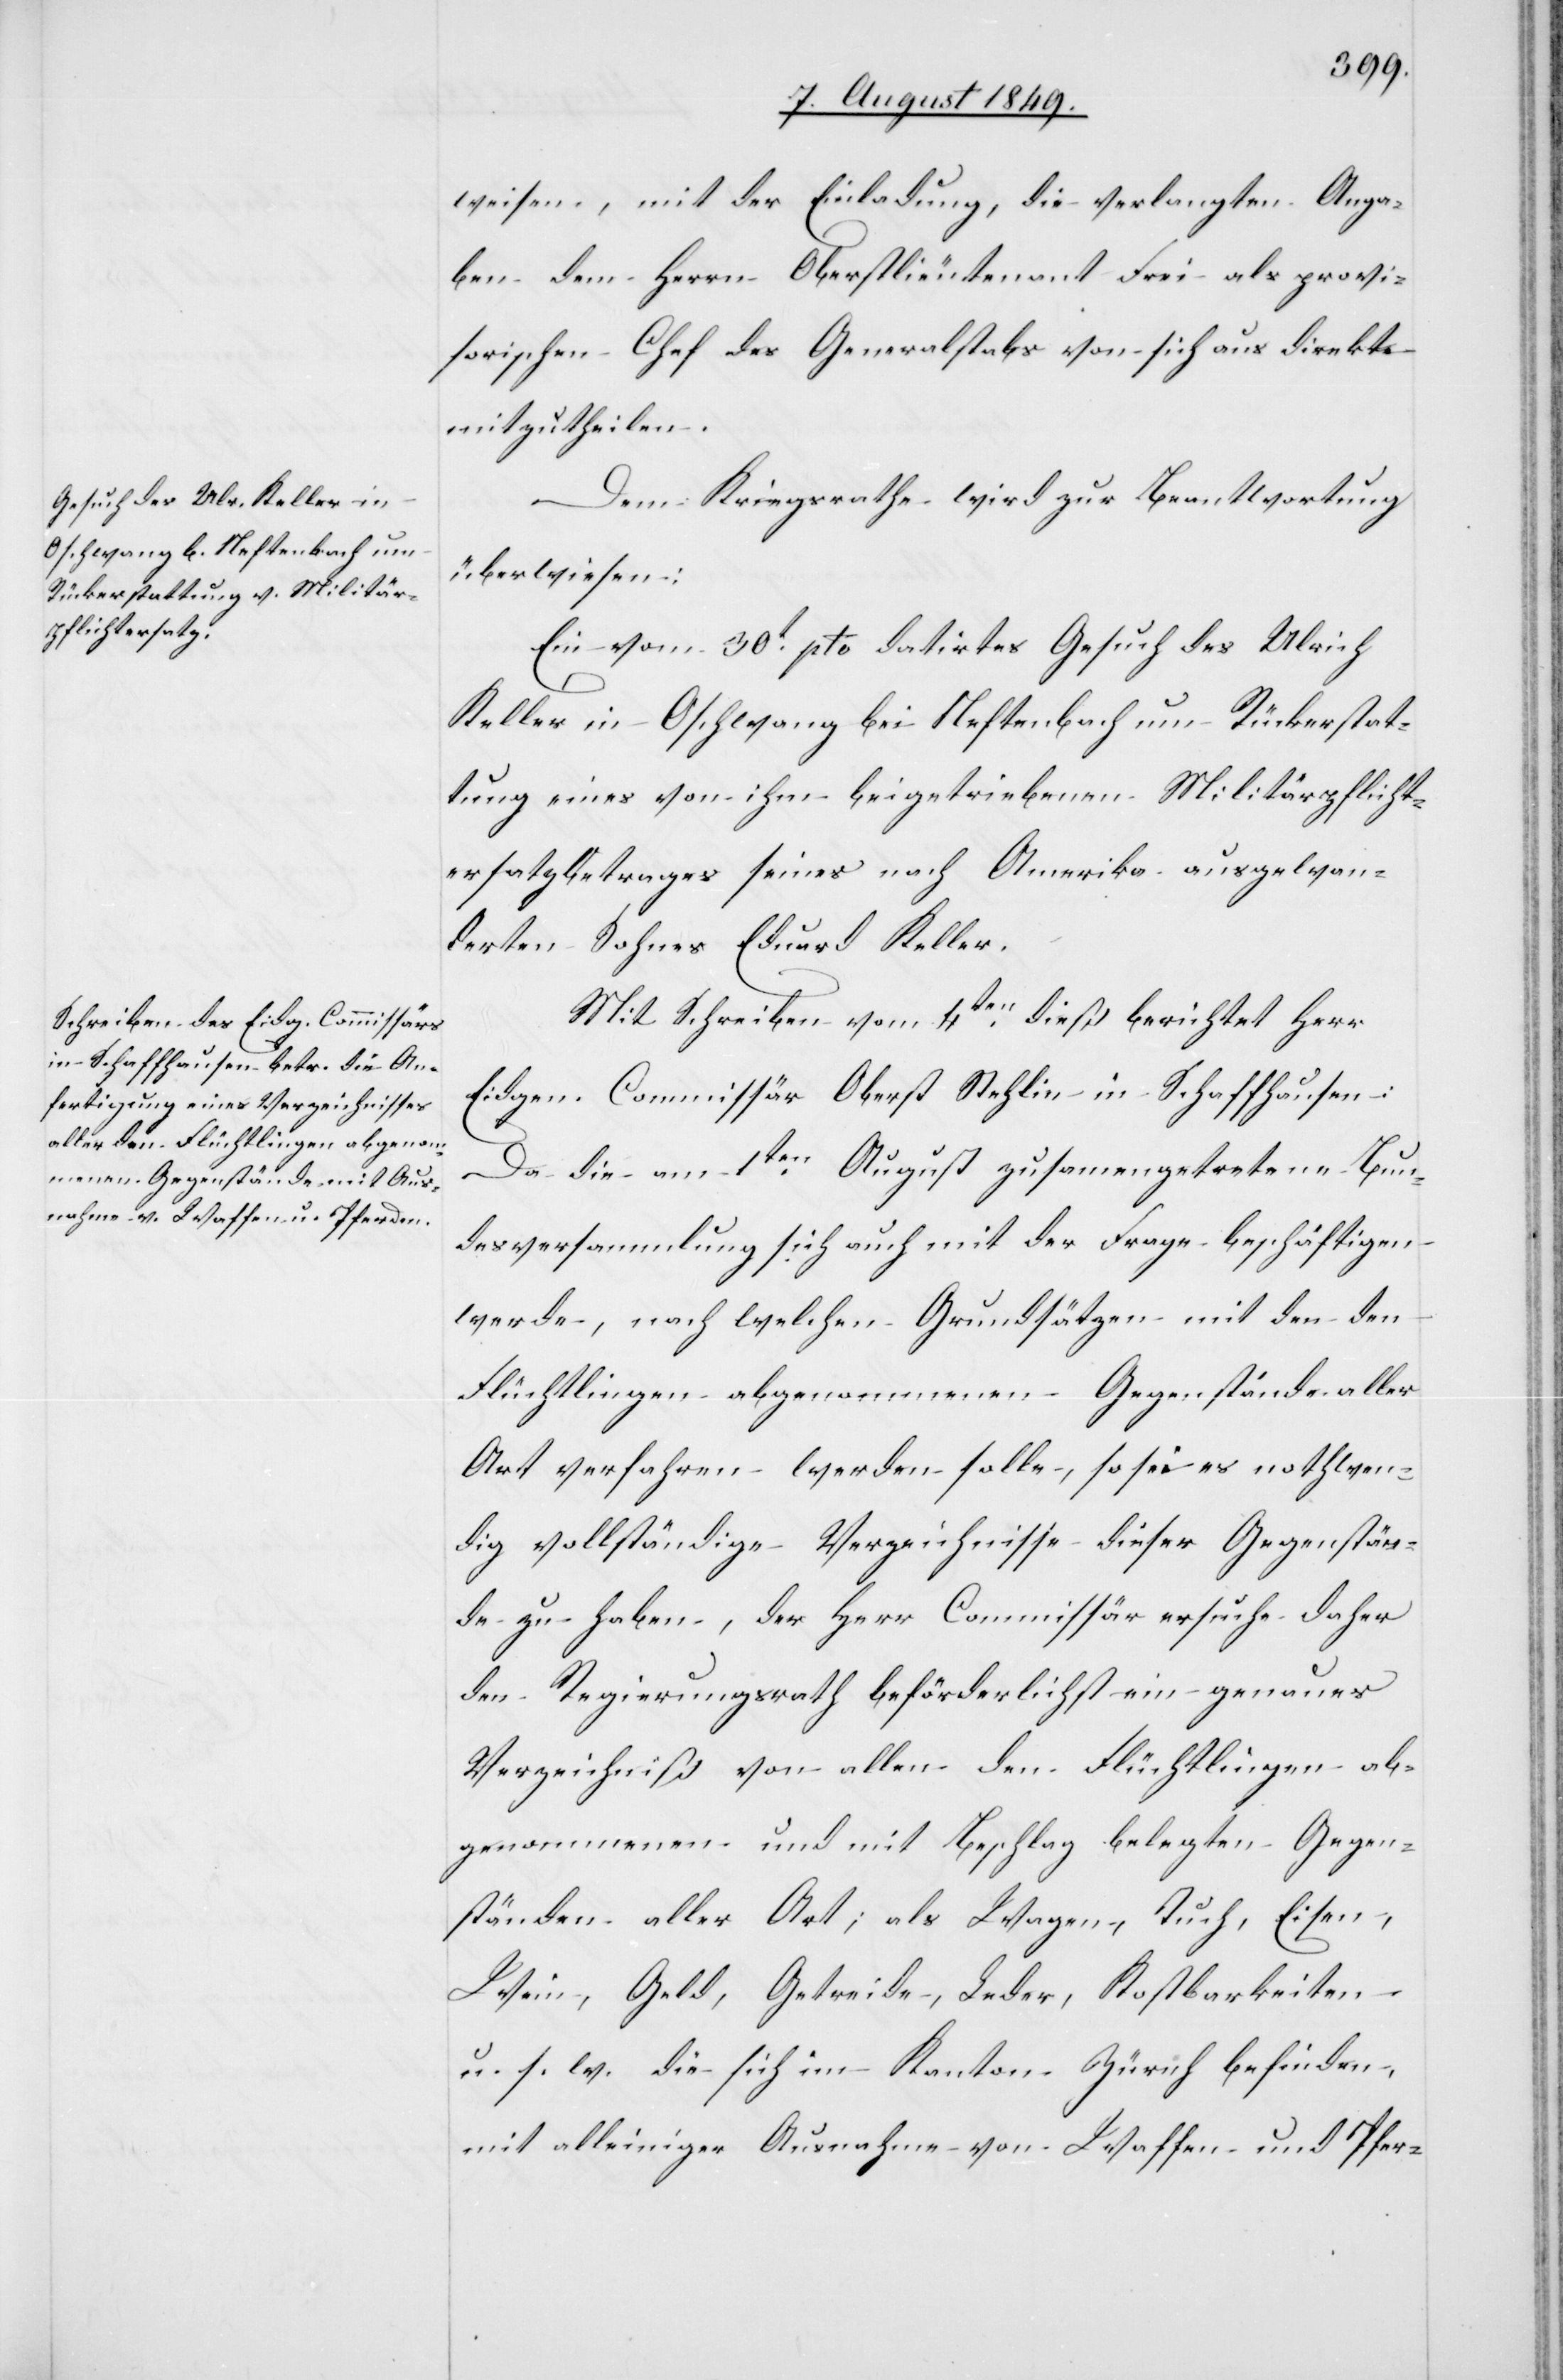
weisen, mit der Einladung, die verlangten Anga¬
ben dem Herrn Oberlieutenant Frei als provi¬
sorischen Chef des Generalstabs von sich aus direkte
mitzutheilen.
Dem Kriegsrathe wird zur Beantwortung
überwiesen:
Ein vom 30t pto datirtes Gesuch des Ulrich
Keller in Oschwang bei Neftenbach um Rückerstat¬
tung eines von ihm beigetriebenen Militärpflicht¬
ersatzbetrages seines nach Amerika ausgewan¬
derten Sohnes Eduard Keller.
Mit Schreiben vom 4ten dieß berichtet Herr
Eidgen. Commissär Oberst Stehlin in Schaffhausen:
Da die am 1ten August zusammengetretene Bun¬
desversammlung sich auch mit der Frage beschäftigen
werde, nach welchen Grundsätzen mit den den
Flüchtlingen abgenommenen Gegenstände aller
Art verfahren werden solle, so sei es nothwen¬
dig vollständige Verzeichnisse dieser Gegenstän¬
de zu haben, der Herr Commissär ersuche daher
den Regierungsrath beförderlichst ein genaues
Verzeichniß von allen den Flüchtlingen ab¬
genommen und mit Beschlag belegten Gegen¬
ständen aller Art; als Wagen, Tuch, Eisen,
Wein, Geld, Getreide, Leder, Kostbarkeiten
u. s. w. die sich im Kanton Zürich befinden,
mit alleiniger Ausnahme von Waffen und Pfer-